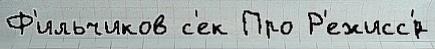
Ф'ильчиков с'ек Про Р'ежисс'́р